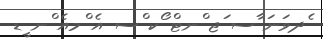
ެދވަނަ ާސ ަޖ ްނޓް ޯކ ްސ އެ ްމއެ ްނ ީޑ